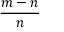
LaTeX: \frac { m - n } { n }